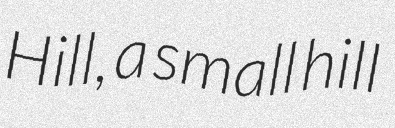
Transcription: Hill, a small hill